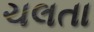
ચલતા